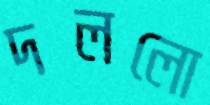
দললো